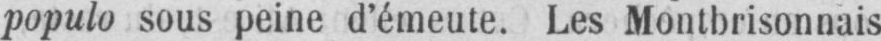
populo sous peine d’émeute. Les Montbrisonnais